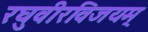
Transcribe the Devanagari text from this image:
रघुवीरविजयम्